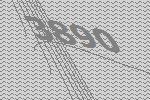
3890